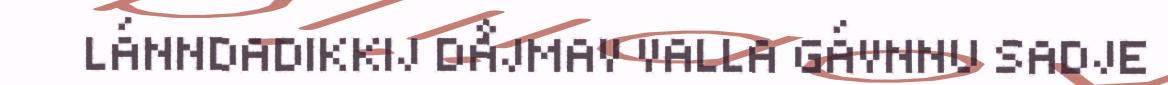
LÁNNDADIKKIJ DÅJMAV VALLA GÁVNNU SADJE